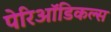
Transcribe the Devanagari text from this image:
पेरिऑडिकल्स